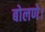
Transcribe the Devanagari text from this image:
बोलणे।